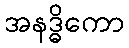
အနဒ္ဓိကော